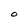
Character: O